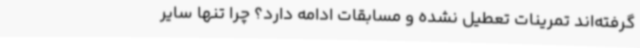
گرفته‌اند تمرینات تعطیل نشده و مسابقات ادامه دارد؟ چرا تنها سایر